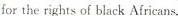
for the rights of black Africans.